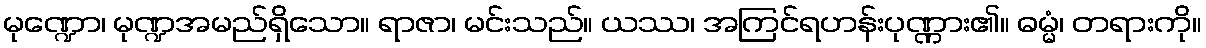
မုဏ္ဍော၊ မုဏ္ဍအမည်ရှိသော။ ရာဇာ၊ မင်းသည်။ ယဿ၊ အကြင်ရဟန်းပုဏ္ဏား၏။ ဓမ္မံ၊ တရားကို။